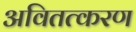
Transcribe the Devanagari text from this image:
अवितत्करण